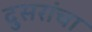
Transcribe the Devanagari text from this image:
दुसरांचा